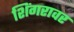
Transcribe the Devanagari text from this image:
शिंगरावर